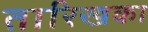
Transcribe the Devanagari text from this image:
तारिखका